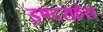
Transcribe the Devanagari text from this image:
इण्टरफ़ेस